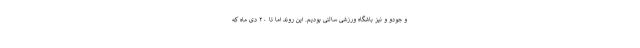
و جودو و نیز باشگاه ورزشی سالنی بودیم. این روند اما تا ۲۰ دی ماه که